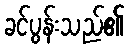
ခင်ပွန်းသည်၏